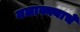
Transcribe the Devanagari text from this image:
मलाक्क्याचे